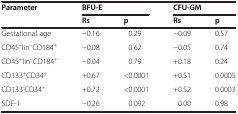
<table><thead><tr><td><b>Parameter</b></td><td colspan="2"><b>BFU-E</b></td><td colspan="2"><b>CFU-GM</b></td></tr><tr><td><b> </b></td><td><b>Rs</b></td><td><b>p</b></td><td><b>Rs</b></td><td><b>p</b></td></tr></thead><tbody><tr><td>Gestational age</td><td>−0.16</td><td>0.29</td><td>−0.09</td><td>0.57</td></tr><tr><td>CD45<sup>–</sup>lin<sup>–</sup>CD184<sup>+</sup></td><td>−0.08</td><td>0.62</td><td>−0.05</td><td>0.74</td></tr><tr><td>CD45<sup>+</sup>lin<sup>–</sup>CD184<sup>+</sup></td><td>−0.04</td><td>0.79</td><td>+0.18</td><td>0.24</td></tr><tr><td>CD133<sup>+</sup>CD34<sup>+</sup></td><td>+0.67</td><td>&lt;0.0001</td><td>+0.51</td><td>0.0005</td></tr><tr><td>CD133<sup>-</sup>CD34<sup>+</sup></td><td>+0.72</td><td>&lt;0.0001</td><td>+0.52</td><td>0.0003</td></tr><tr><td>SDF-1</td><td>−0.26</td><td>0.092</td><td>0.00</td><td>0.98</td></tr></tbody></table>